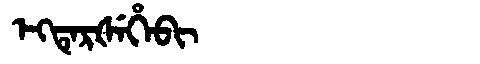
Manchu: ᡝᡴᡨᡝᡵᡧᡝᡥᡝᠪᡳ
Romanization: EKTERŠEHEBI